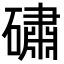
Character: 䃤